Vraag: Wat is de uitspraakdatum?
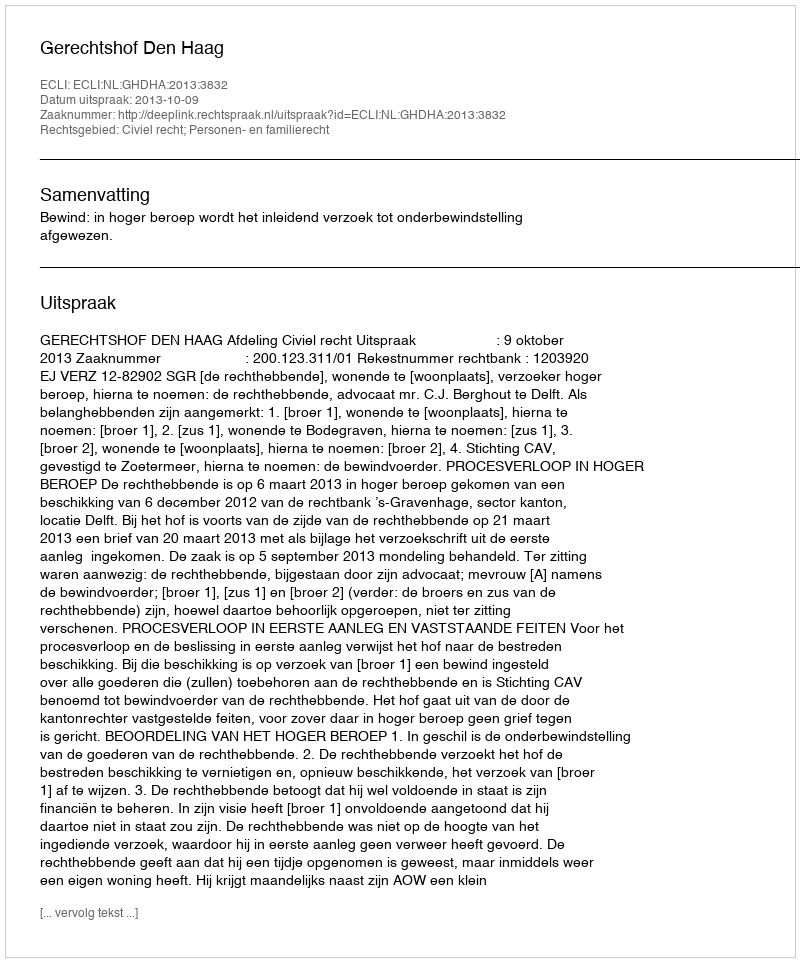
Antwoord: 2013-10-09